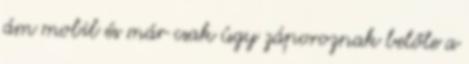
ám mobil és már csak úgy záporoznak belőle a